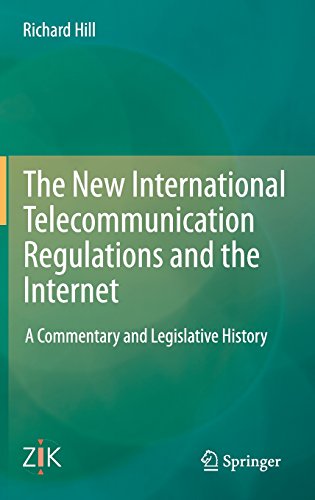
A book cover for The New International Telecommunication Regulations and the Internet: A Commentary and Legislative History; Richard Hill; Law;